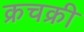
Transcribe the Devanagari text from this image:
क्रचक्री